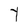
Character: Y